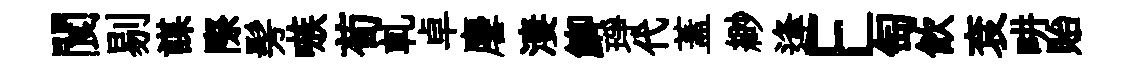
閬剔謀際髣嗾荀軋卓麐淒鯽琤代蓋緲逢E匋飲袞畊貽